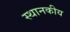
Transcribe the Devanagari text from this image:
स्थानकीय